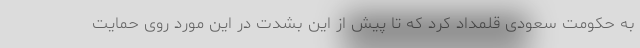
به حکومت سعودی قلمداد کرد که تا پیش از این بشدت در این مورد روی حمایت